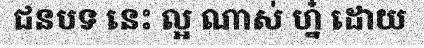
ជនបទ នេះ ល្អ ណាស់ ហ្ន៎ ដោយ